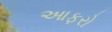
આફરો